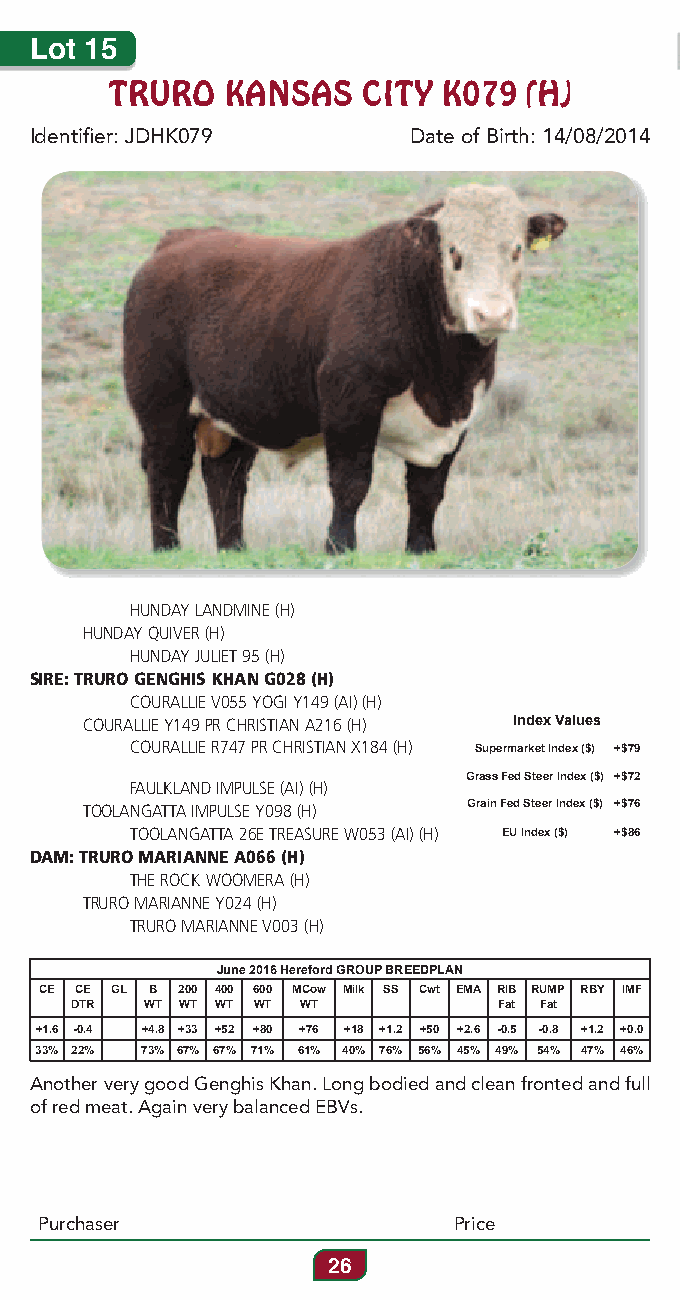
Lot 15
 TRURO   KANSAS   CITY K079  (H)
 Identifier: JDHK079      Date of Birth: 14/08/2014
 HUNDAY LANDMINE (H)
 HUNDAY QUIVER (H)
 HUNDAY JULIET 95 (H)
 SIRE: TRURO GENGHIS KHAN G028 (H)
 COURALLIE V055 YOGI Y149 (AI) (H)
 COURALLIE Y149 PR CHRISTIAN A216 (H) Index Values
 COURALLIE R747 PR CHRISTIAN X184 (H) Supermarket Index ($) +$79
 Grass Fed Steer Index ($) +$72
 FAULKLAND IMPULSE (AI) (H)
 TOOLANGATTA IMPULSE Y098 (H) Grain Fed Steer Index ($) +$76
 TOOLANGATTA 26E TREASURE W053 (AI) (H) EU Index ($) +$86
 DAM: TRURO MARIANNE A066 (H)
 THE ROCK WOOMERA (H)
 TRURO MARIANNE Y024 (H)
 TRURO MARIANNE V003 (H)
 June 2016 Hereford GROUP BREEDPLAN
 CE CE GL B 200 400 600 MCow Milk SS Cwt EMA RIB RUMP RBY IMF
 DTR  WT WT WT WT WT         Fat Fat
 +1.6 -0.4 +4.8 +33 +52 +80 +76 +18 +1.2 +50 +2.6 -0.5 -0.8 +1.2 +0.0
 33% 22% 73% 67% 67% 71% 61% 40% 76% 56% 45% 49% 54% 47% 46%
 Another very good Genghis Khan. Long bodied and clean fronted and full
 of red meat. Again very balanced EBVs.
 Purchaser                  Price
 26